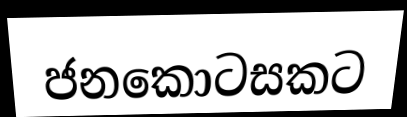
ජනකොටසකට